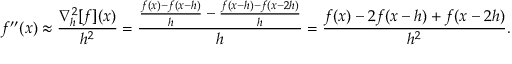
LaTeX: f ^ { \prime \prime } ( x ) \approx { \frac { \nabla _ { h } ^ { 2 } [ f ] ( x ) } { h ^ { 2 } } } = { \frac { { \frac { f ( x ) - f ( x - h ) } { h } } - { \frac { f ( x - h ) - f ( x - 2 h ) } { h } } } { h } } = { \frac { f ( x ) - 2 f ( x - h ) + f ( x - 2 h ) } { h ^ { 2 } } } .